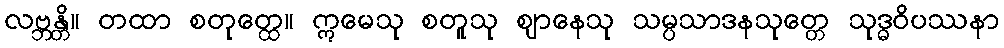
လဗ္ဘန္တိ။ တထာ စတုတ္ထေ။ ဣမေသု စတူသု ဈာနေသု သမ္ပသာဒနသုတ္တေ သုဒ္ဓဝိပဿနာ